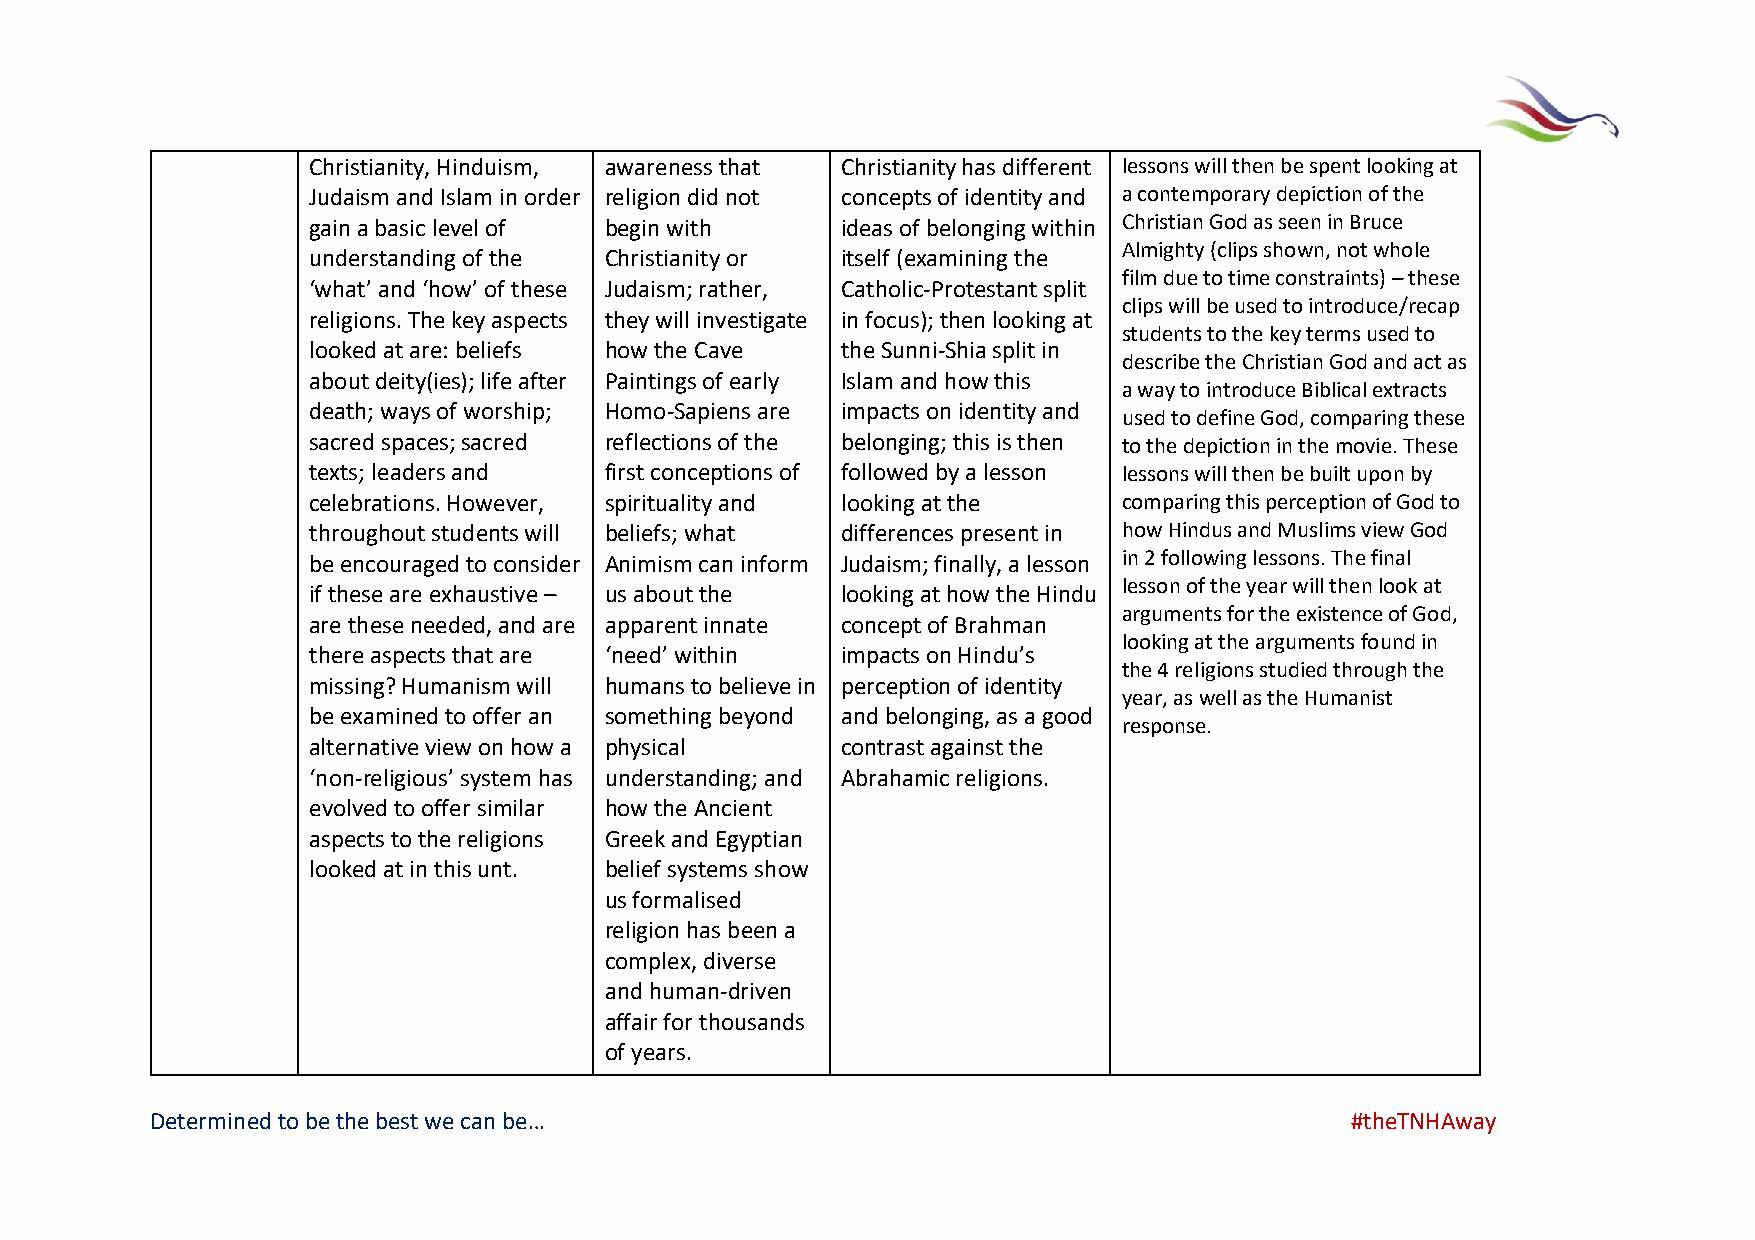
Christianity, Hinduism, awareness that Christianity has different lessons will then be spent looking at
 Judaism and Islam in order religion did not concepts of identity and a contemporary depiction of the
 gain a basic level of begin with    ideas of belonging within Christian God as seen in Bruce
 Almighty (clips shown, not whole
 understanding of the Christianity or itself (examining the
 film due to time constraints) – these
 ‘what’ and ‘how’ of these Judaism; rather, Catholic-Protestant split
 clips will be used to introduce/recap
 religions. The key aspects they will investigate in focus); then looking at
 students to the key terms used to
 looked at are: beliefs how the Cave the Sunni-Shia split in
 describe the Christian God and act as
 about deity(ies); life after Paintings of early Islam and how this
 a way to introduce Biblical extracts
 death; ways of worship; Homo-Sapiens are impacts on identity and
 used to define God, comparing these
 sacred spaces; sacred reflections of the belonging; this is then to the depiction in the movie. These
 texts; leaders and  first conceptions of followed by a lesson lessons will then be built upon by
 celebrations. However, spirituality and looking at the comparing this perception of God to
 throughout students will beliefs; what differences present in how Hindus and Muslims view God
 be encouraged to consider Animism can inform Judaism; finally, a lesson in 2 following lessons. The final
 lesson of the year will then look at
 if these are exhaustive – us about the looking at how the Hindu
 arguments for the existence of God,
 are these needed, and are apparent innate concept of Brahman
 looking at the arguments found in
 there aspects that are ‘need’ within impacts on Hindu’s
 the 4 religions studied through the
 missing? Humanism will humans to believe in perception of identity
 year, as well as the Humanist
 be examined to offer an something beyond and belonging, as a good
 response.
 alternative view on how a physical  contrast against the
 ‘non-religious’ system has understanding; and Abrahamic religions.
 evolved to offer similar how the Ancient
 aspects to the religions Greek and Egyptian
 looked at in this unt. belief systems show
 us formalised
 religion has been a
 complex, diverse
 and human-driven
 affair for thousands
 of years.
 Determined to be the best we can be…                                           #theTNHAway